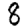
Digit: 8